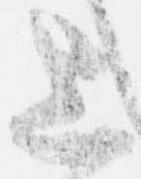
上